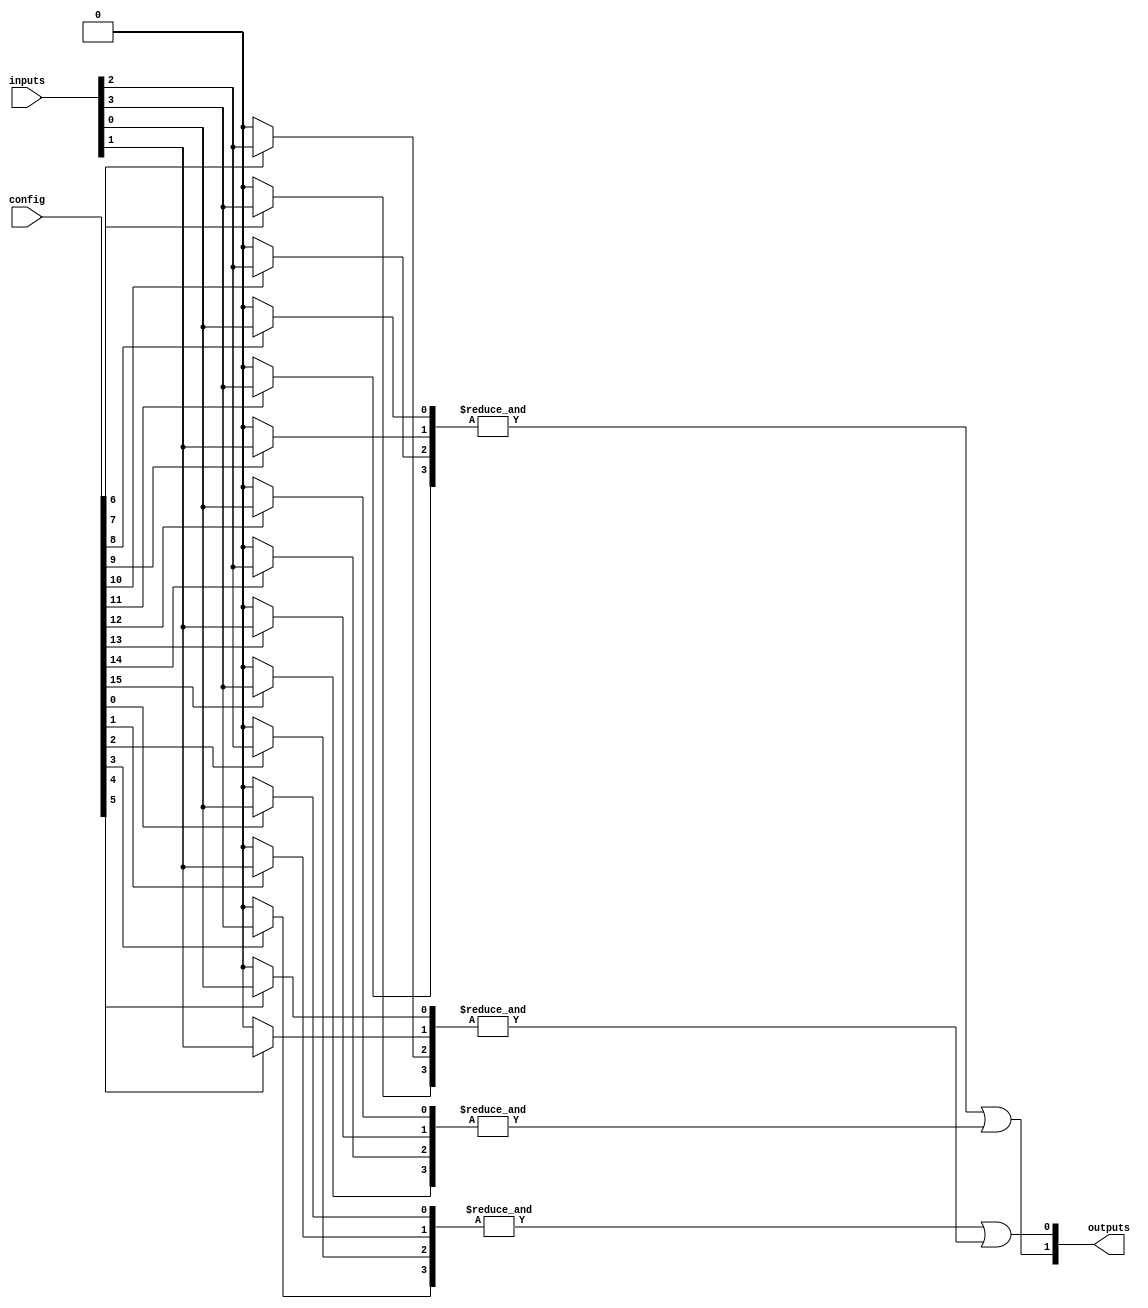
module SPAL #(parameter NUM_INPUTS = 4,        // Number of input signals
              parameter NUM_AND_GATES = 4,     // Number of programmable AND gates
              parameter NUM_OR_GATES = 2)      // Number of fixed OR gates
(
    input [NUM_INPUTS-1:0] inputs,            // Input signals
    input [NUM_AND_GATES*NUM_INPUTS-1:0] config, // Configuration bits for AND gates
    output [NUM_OR_GATES-1:0] outputs          // Output signals from OR gates
);

    // Programmable AND array
    wire [NUM_AND_GATES-1:0] and_outputs;       // Outputs from AND gates
    genvar i, j;
    
    generate
        for (i = 0; i < NUM_AND_GATES; i = i + 1) begin : and_gate
            wire [NUM_INPUTS-1:0] and_inputs;
            // Select inputs based on the configuration bits
            for (j = 0; j < NUM_INPUTS; j = j + 1) begin : input_selection
                assign and_inputs[j] = config[i*NUM_INPUTS + j] ? inputs[j] : 1'b0;
            end
            assign and_outputs[i] = &and_inputs;  // AND all selected inputs
        end
    endgenerate

    // Fixed OR array
    assign outputs[0] = and_outputs[0] | and_outputs[1];   // Example OR combination
    assign outputs[1] = and_outputs[2] | and_outputs[3];   // Another OR combination

endmodule